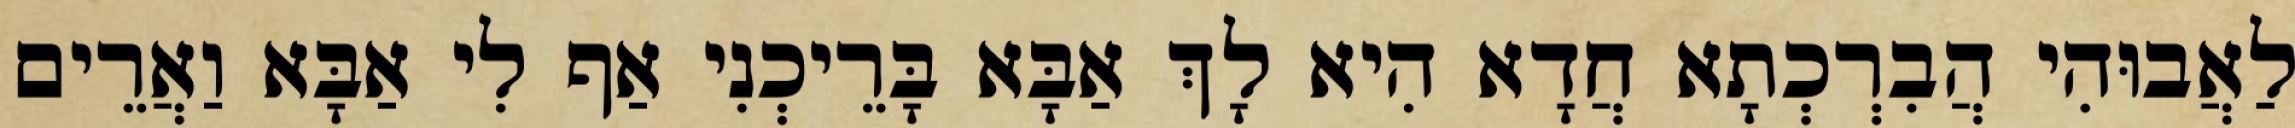
לַאֲבוּהִי הֲבִרְכְתָא חֲדָא הִיא לָךְ אַבָּא בָּרֵיכְנִי אַף לִי אַבָּא וַאֲרֵים